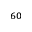
^ { 6 0 }